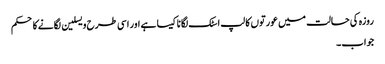
روزہ کی حالت میں عورتوں کا لپ اسٹک لگانا کیسا ہے اور اسی طرح ویسلین لگانےکا حکم
جواب۔